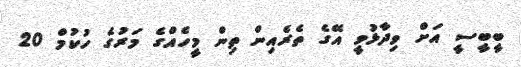
ބީބީސީ އަށް ވިދާޅުވީ އޭގެ ތެރެއިން ތިން މީހެއްގެ މަރުގެ ހުކުމް 20